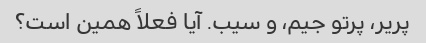
پریر، پرتو جیم، و سیب. آیا فعلاً همین است؟